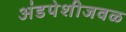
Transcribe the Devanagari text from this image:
अंडपेशीजवळ